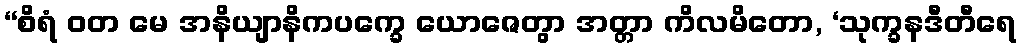
“စိရံ ဝတ မေ အနိယျာနိကပက္ခေ ယောဇေတွာ အတ္တာ ကိလမိတော, ‘သုက္ခနဒီတီရေ